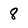
Character: 8